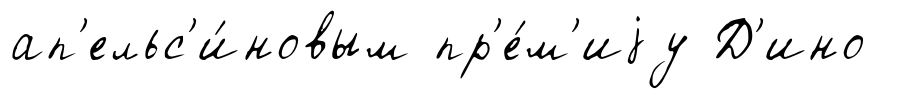
ап'ельс'и́новым пр'е́м'иjу Д'ино